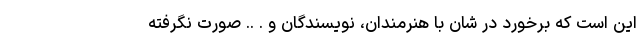
این است که برخورد در شان با هنرمندان، نویسندگان و . .. صورت نگرفته